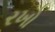
રખો